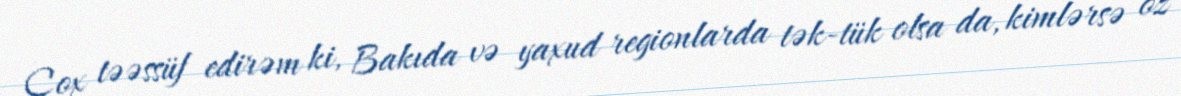
Çox təəssüf edirəm ki, Bakıda və yaxud regionlarda tək-tük olsa da, kimlərsə öz